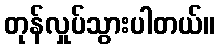
တုန်လှုပ်သွားပါတယ်။